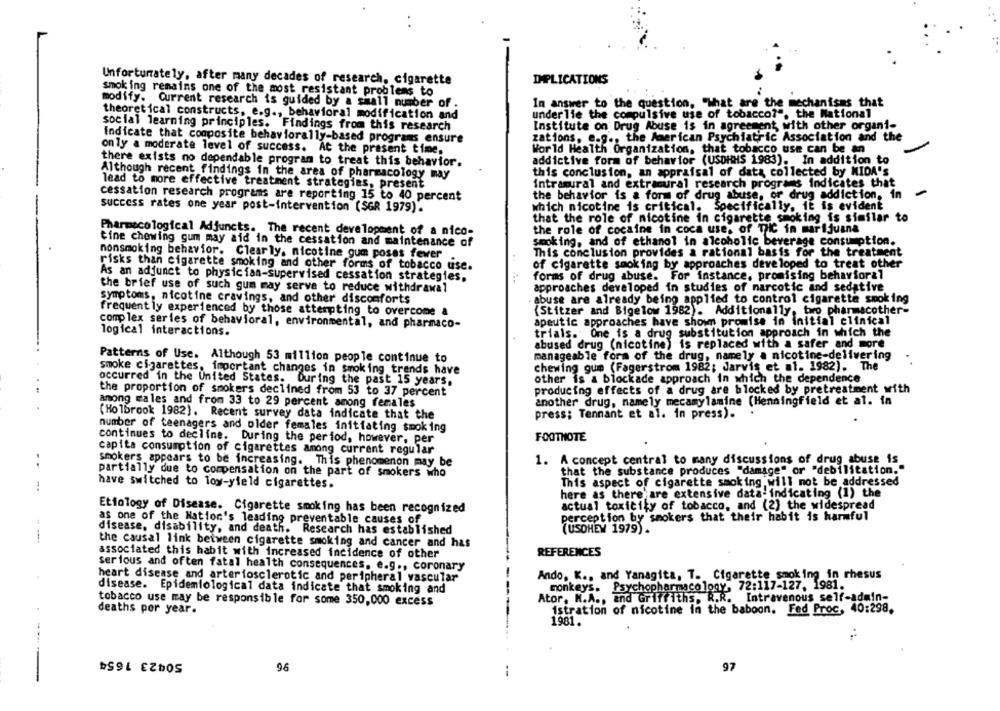
Unfortunately, after many decades of research, cigarette
IMPLICATIONS
smoking remains one of the most resistant problems to
modify. Current research is guided by a small number of .
In answer to the question. "What are the mechanisms that
under lie the compulsive use of tobacco?", the National
theoretical constructs, e.g ., behavioral modification and
social learning principles. Findings from this research
Institute on Drug Abuse is in agreement with other organi-
indicate that composite behaviorally-based programs ensure
zations. e.g ., the American Psychiatric Association and the
only a moderate level of success. At the present time.
World Health Organization, that tobacco use can be an
there exists no dependable program to treat this behavior.
addictive form of behavior (USDHHS 1983). In addition to
Although recent findings in the area of pharmacology may
this conclusion, an appraisal of data collected by MIDA's
lead to more effective treatment strategies, present
intramural and extracural research programs Indicates that
cessation research programs are reporting 15 to 40 percent
the behavior is & form of drug abuse, or drug addiction, in
which nicotine is critical. Specifically, it is evident
success rates one year post-intervention (SGR 1979).
that the role of nicotine in cigarette smoking is similar to
Pharmacological Adjuncts. The recent development of a nico-
the role of cocaine in coca use, of THIC in marijuana
tine chewing gum may aid in the cessation and maintenance of
smoking, and of ethanol in alcoholic beverage consumption.
nonsmoking behavior. Clearly, nicotine gum poses fewer
This conclusion provides a rational basis for the treatment
risks than cigarette smoking and other forms of tobacco use.
of cigarette smoking by approaches developed to treat other
As an adjunct to physician-supervised cessation strategies,
forms of drug abuse. For instance, promising behavioral
the brief use of such gum may serve to reduce withdrawal
approaches developed in studies of narcotic and sedative
abuse are already being applied to control cigarette smoking
symptoms, nicotine cravings, and other discomforts
frequently experienced by those attempting to overcome &
(Stitzer and Bigelow 1982). Additionally, two pharmacother-
complex series of behavioral, environmental, and pharmaco-
apeutic approaches have shown promise in initial clinical
logical interactions.
trials. One is a drug substitution approach in which the
abused drug (nicotine) is replaced with a safer and more
manageable form of the drug, namely a nicotine-delivering
Patterns of Use. Although 53 million people continue to
smoke cigarettes, important changes in smoking trends have
chewing gum (Fagerstrom 1982; Jarvis et al. 1982). The
occurred in the United States. During the past 15 years.
other is a blockade approach in which the dependence
producing effects of a drug are blocked by pretreatment with
the proportion of smokers declined from 53 to 37 percent
among males and from 33 to 29 percent among females
another drug, namely mecamylamine (Henningfield et al. in
(Holbrook 1982). Recent survey data indicate that the
press; Tennant et al. in press).
number of teenagers and older females initiating smoking
continues to decline. During the period, however, per
FOOTNOTE
capita consumption of cigarettes among current regular
1. A concept central to many discussions of drug abuse is
..
smokers appears to be increasing. This phenomenon may be
that the substance produces "damage" or "debilitation."
partially due to compensation on the part of smokers who
This aspect of cigarette smoking will not be addressed
-.
have switched to low-yield cigarettes.
here as there are extensive data- indicating (1) the
actual toxicity of tobacco, and (2) the widespread
Etiology of Disease. Cigarette smoking has been recognized
perception by smokers that their habit is harmful
as one of the Nation's leading preventable causes of
disease, disability, and death. Research has established
(USOHEM 1979) .
-
the causal link between cigarette smoking and cancer and has
associated this habit with increased incidence of other
REFERENCES
serious and often fatal health consequences, e.g ., coronary
Ando, K ., and Yanagita, T. Cigarette smoking in rhesus
heart disease and arteriosclerotic and peripheral vascular
disease. Epidemiological data indicate that smoking and
monkeys. Psychopharmacology,
72:117-127, 1981.
Ator, N.A ., and Griffiths. R.R.
Intravenous self-admin-
tobacco use may be responsible for some 350,000 excess
deaths per year.
istration of nicotine in the baboon. Fed Proc, 40:298.
1981.
50423 1654
.-----
96
97
--